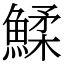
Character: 鰇